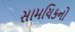
સામયિકનો